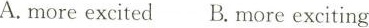
A.more excited B. more exciting